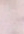
و